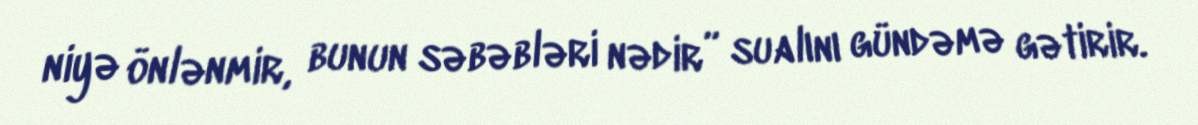
niyə önlənmir, bunun səbəbləri nədir” sualını gündəmə gətirir.